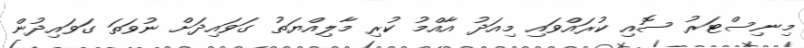
މިނިސްޓަރު ސޮއި ކުރައްވައި މިއަދު އާއްމު ކުރި މާލިއްޔަތު ގަވައިދަށް ނުވަތަ ގަވައިދުން